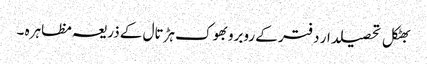
بھٹکل تحصیلدار دفتر کے روبروبھوک ہڑتال کے ذریعہ مظاہرہ ۔